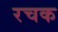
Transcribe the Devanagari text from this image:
रचक